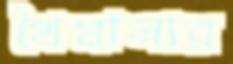
খৈমালার